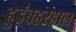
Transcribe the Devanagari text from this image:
हुईंबहरहाल